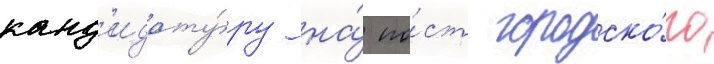
канд'идату́ру на́ по́ст городско́го